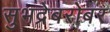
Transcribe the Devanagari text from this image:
सुभद्रेबरोबर